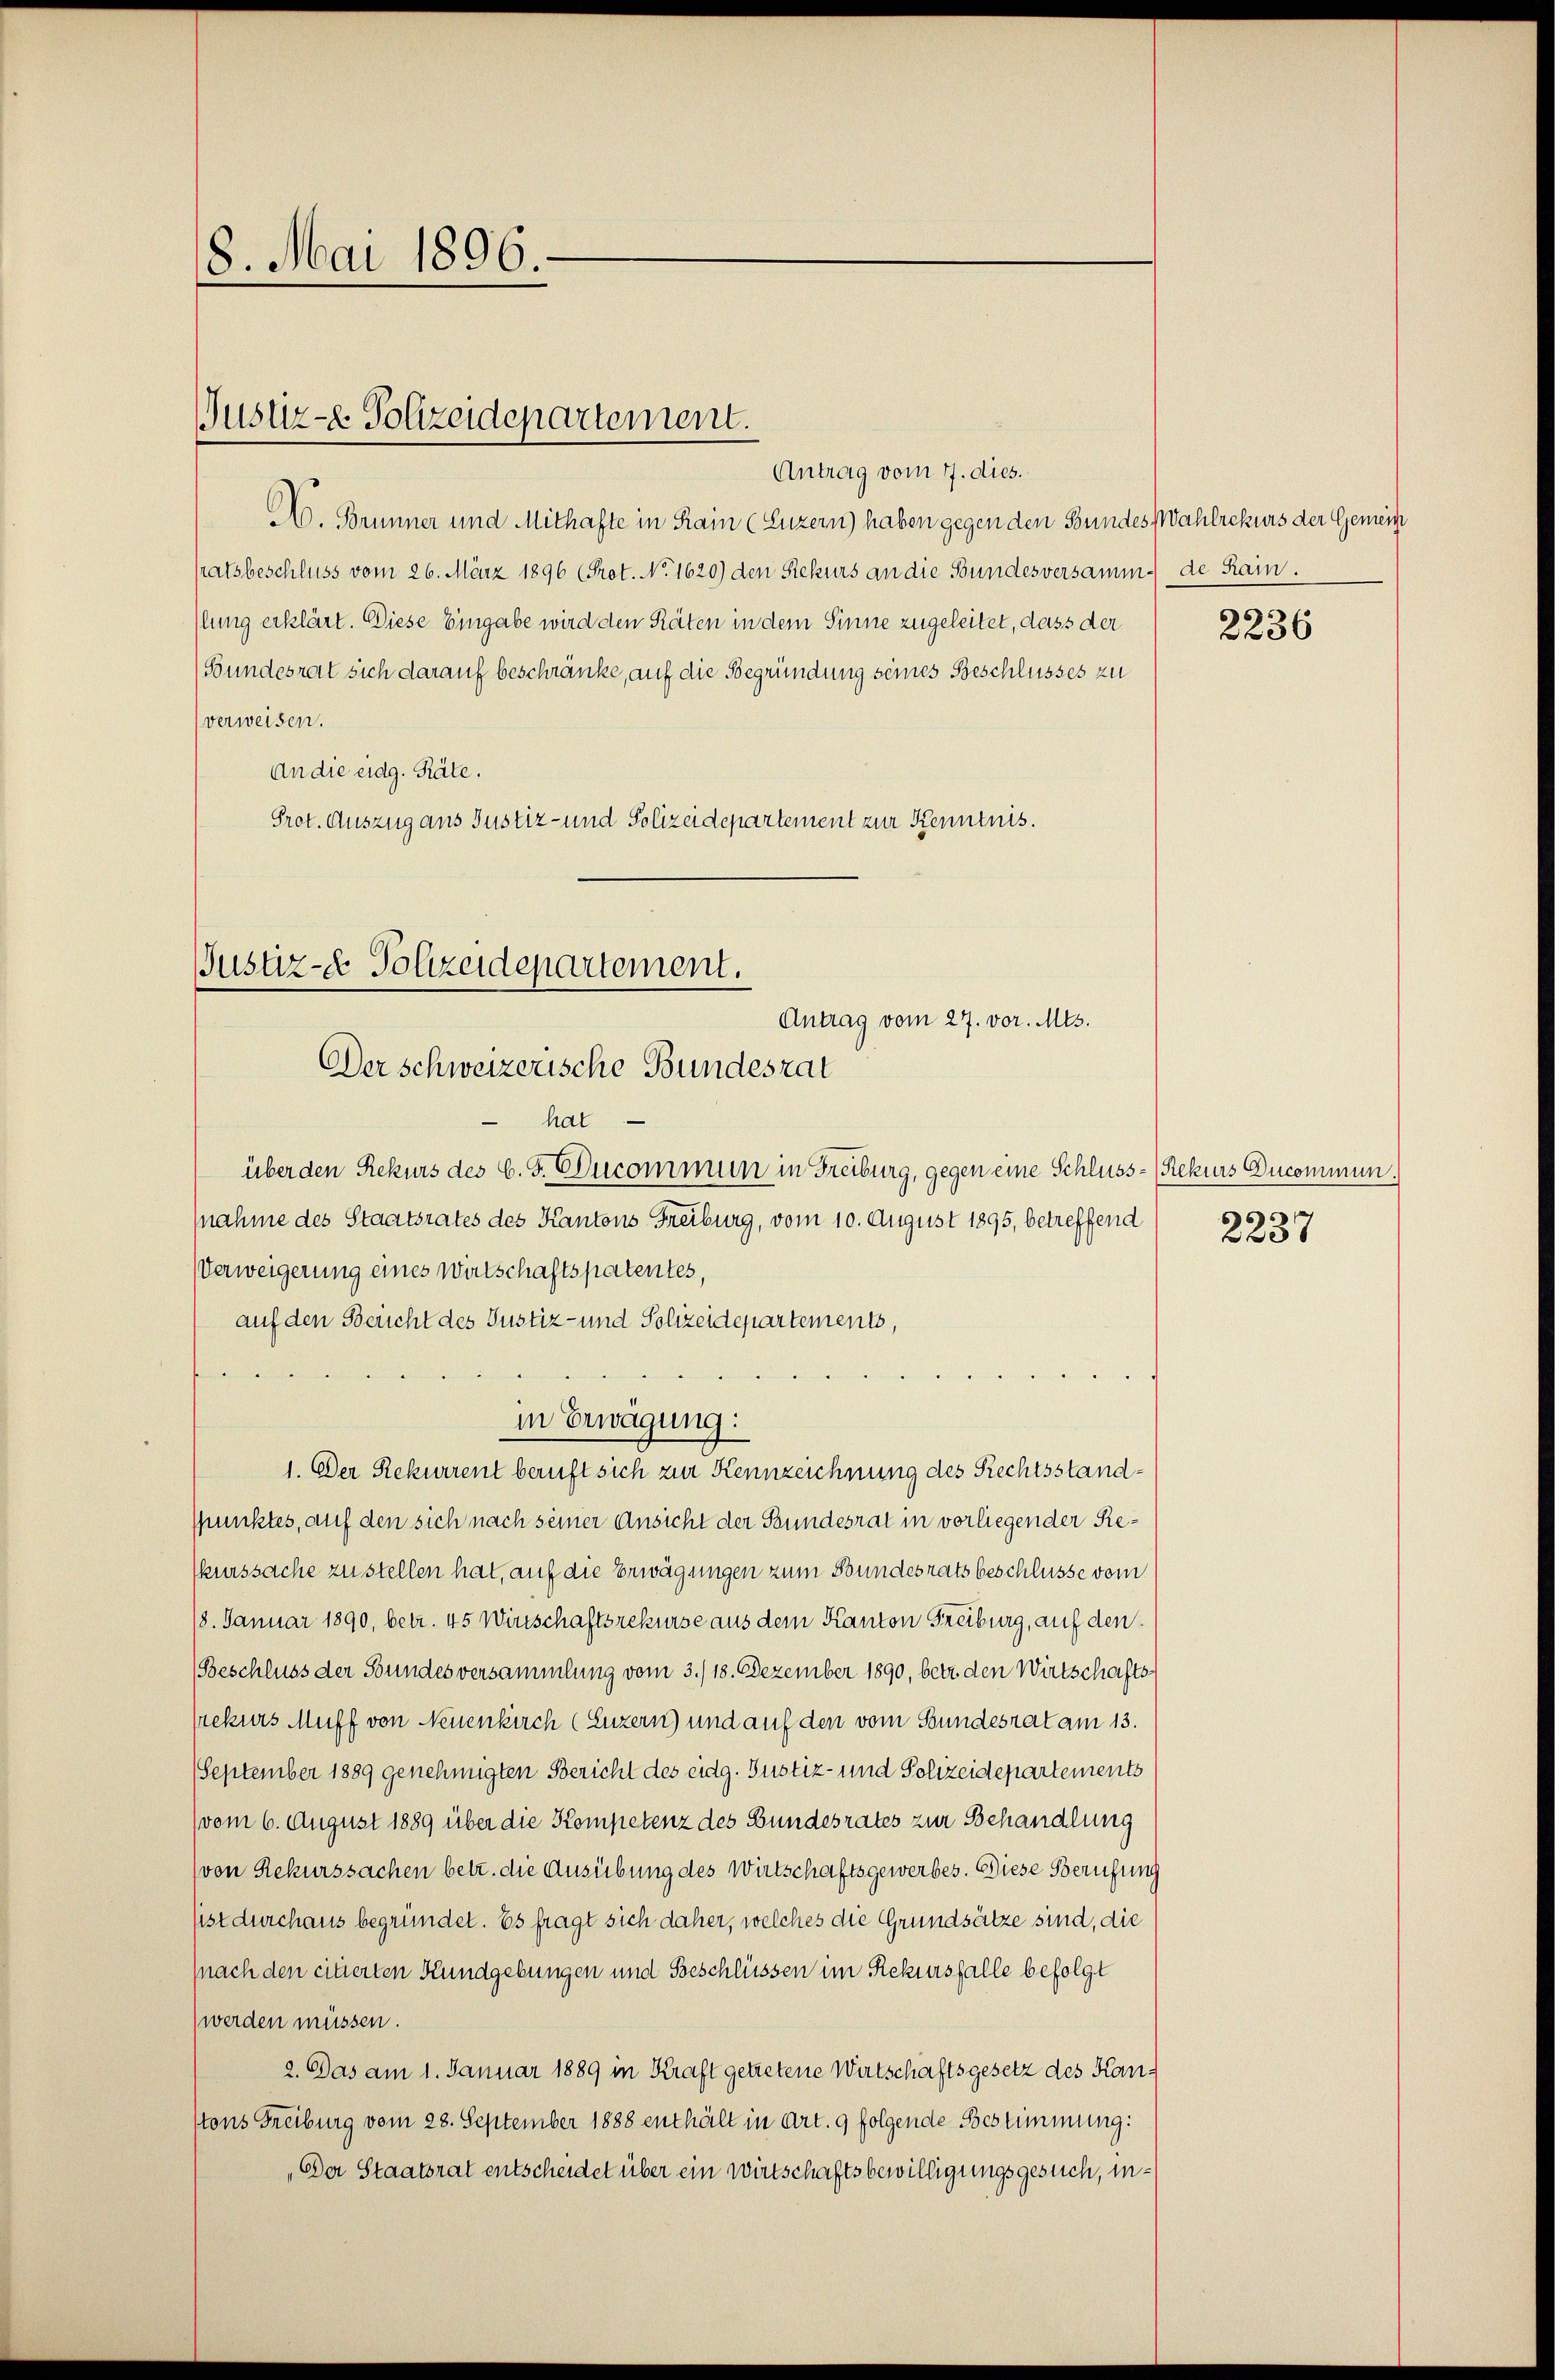
18. Mai 1896.

Justiz- Polizeidepartement.

Antrag vom 7. dies.
A. Brunner und Mithafte in Krain (Luzern) haben gegen den Bundes Wahlrekurs der Gemein
satsbeschluss vom 26. März 1896 (Prot. No. 1620) den Siekurs an die Bundesversamm de Rain.
lung erklärt. Diese Eingabe wird den Räten in dem Sinne zugeleitet, dass der
(Bundesrat sich darauf beschränke, auf die Begründung seines Beschlusses zu
verweisen.
An die eidg. Räte.
Prot. Auszug aus Justiz- und Polizeidepartement zur Kenntnis.

Justiz- & Polizeidepartement.
Antrag vom 27. vor. Mts.
Der schweizerische Bundesrat
hat

über den Rekurs des C. F. Ducommun in Freiburg, gegen eine Schluss- (Rekurs Ducommun.
(nahme des Staatsrates des Kantons Freiburg, vom 10. August 1895, betreffend
Verweigerung eines Wirtschaftspatentes,
auf den Bericht des Justiz- und Polizeidepartements,
in Erwägung:
1. Der Rekurrent beruft sich zur Kennzeichnung des Rechtsstand¬
Ppunktes, auf den sich nach seiner Ansicht der Bundesrat in vorliegender Reskurssache zustellen hat, auf die Erwägungen zum Bundesrats beschlüsse vom
18. Januar 1890, betr. 45 Wirtschaftsrekurse aus dem Kanton Freiburg, auf den
(Beschluss der Stundes versammlung vom 3./18. Dezember 1890, betr. den Wirtschaftssrekurs Muff von Neuenkirch (Luzern) und auf den vom Bundesrat am 13.
September 1889 genehmigten Bericht des eidg. Justiz- und Polizeidepartements
(vom 6. August 1889 über die Kompetenz des Bundesrates zur Behandlung
(von Rekurssachen betr. die Ausübung des Wirtschaftsgewerbes. Diese Berufung
sist durchaus begründet. Es fragt sich daher, welches die Grundsätze sind, die
(nach den citierten Kundgebungen und Beschlüssen im Rekusfalle befolgt
werden müssen.
2. Das am 1. Januar 1889 in Kraft getretene Wirtschaftsgesetz des Kantons Freiburg vom 28. September 1888 enthält in Art. 9 folgende Bestimmung:
„Der Staatsrat entscheidet über ein Wirtschaftsbewilligungsgesuch, in¬

s
2236

)
2237